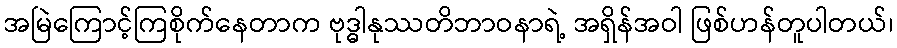
အမြဲကြောင့်ကြစိုက်နေတာက ဗုဒ္ဓါနုဿတိဘာဝနာရဲ့ အရှိန်အဝါ ဖြစ်ဟန်တူပါတယ်၊